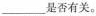
___是否有关。